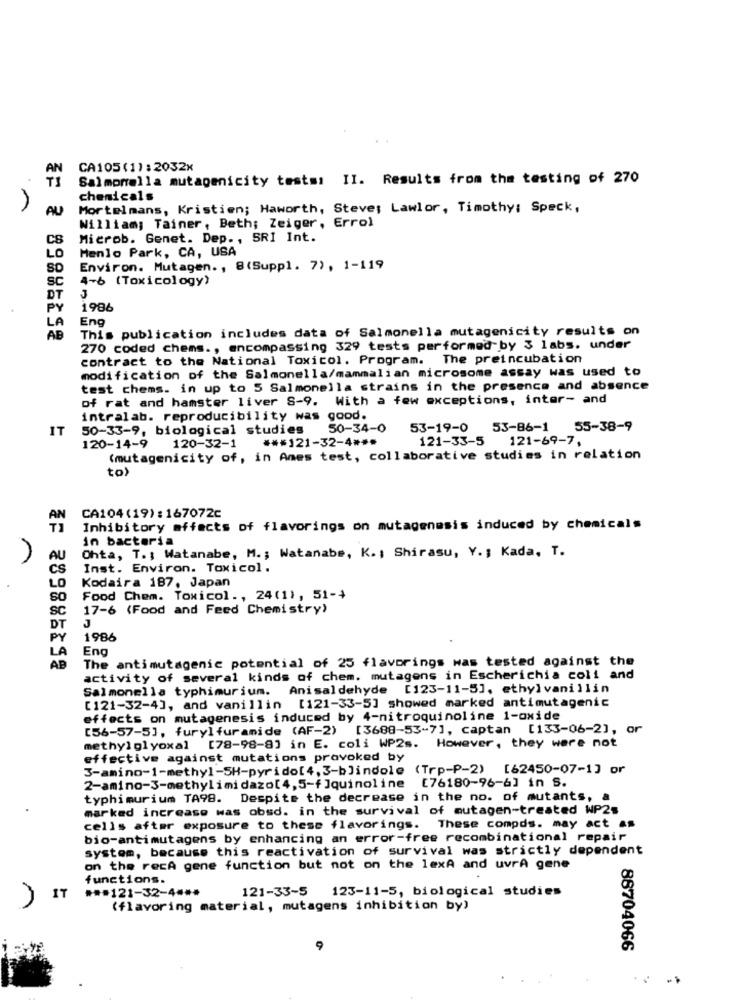
AN
CA105(1): 2032x
Salmonella mutagenicity testsi II. Results from the testing of 270
chemicals
AU
Mortelmans, Kristien; Haworth, Steve; Lawlor, Timothy: Speck,
William; Tainer, Beth; Zeiger, Errol
CS
Microb. Genet. Dep ., SRI Int.
Menlo Park, CA, USA
SO
Environ. Mutagen. , 8(Suppl. 7), 1-119
sc
4-6 (Toxicology)
DT
3
1986
Eng
LA
This publication includes data of Salmonella mutagenicity results on
AB
270 coded chems ., encompassing 329 tests performed by 3 labs. under
contract to the National Toxicol. Program. The preincubation
modification of the Salmonella/mammalian microsome assay was used to
test chems. in up to 5 Salmonella strains in the presence and absence
of rat and hamster liver 8-9. With a few exceptions, inter- and
intralab. reproducibility was good.
IT
50-33-9, biological studies
50-34-0
53-19-0 53-86-1 55-38-9
*** 121-32-4 ***
121-33-5
121-69-7,
120-14-9
120-32-1
(mutagenicity of, in Ames test, collaborative studies in relation
to)
AN
CA104(19) : 167072c
Inhibitory effects of flavorings on mutagenesis induced by chemicals
in bacteria
Ohta, T .; Watanabe, M .; Watanabe, K. ; Shirasu, Y. ; Kada, T.
AU
CS
Inst. Environ. Toxicol.
Kodaira 187, Japan
SO
Food Chem. Toxicol ., 24(1), 51-4
17-6 (Food and Feed Chemistry)
SC
J
1986
Eng
The antimutagenic potential of 25 flavorings was tested against the
AB
activity of several kinds of chem. mutagens in Escherichia coli and
Salmonella typhimurium. Anisaldehyde [123-11-5], ethylvanillin
[121-32-4], and vanillin [121-33-5] showed marked antimutagenic
effects on mutagenesis induced by 4-nitroquinoline 1-oxide
[56-57-5], furylfuramide (AF-2) [3688-53-7], captan [133-06-2], or
methylglyoxal [78-98-8] in E. coli WP2s. However, they were not
effective against mutations provoked by
3-amino-1-methyl-SH-pyrido[4,3-b]indole (Trp-P-2) [62450-07-1] or
2-amino-3-methylimidazo[4,5-f]quinoline [76180-96-6] in S.
typhimurium TA98. Despite the decrease in the no. of mutants, a
marked increase was obsd. in the survival of mutagen-treated WP2s
cells after exposure to these flavorings. These compds. may act as
bio-antimutagens by enhancing an error-free recombinational repair
system, because this reactivation of survival was strictly dependent
on the recA gene function but not on the lexA and uvrA gene
functions.
*** 121-32-4 ***
121-33-5 123-11-5, biological studies
IT
(flavoring material, mutagens inhibition by)
88704066